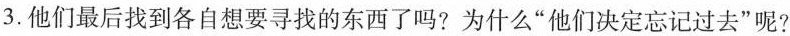
3.他们最后找到各自想要寻找的东西了吗?为什么”他们决定忘记过去”呢?